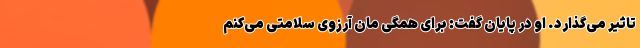
تاثیر می‌گذارد. او در پایان گفت: برای همگی مان آرزوی سلامتی می‌کنم